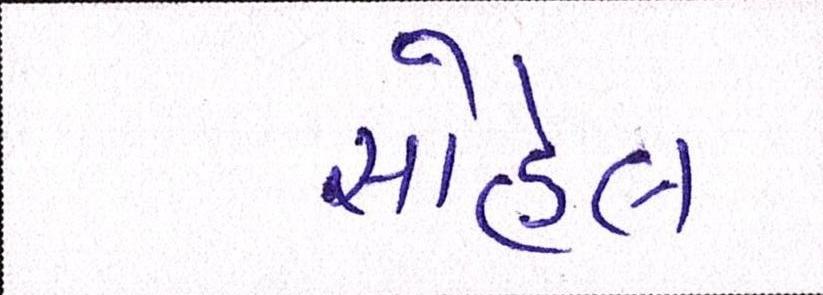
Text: સોહેલ